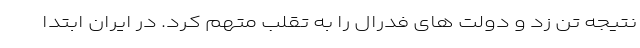
نتیجه تن زد و دولت های فدرال را به تقلب متهم کرد. در ایران ابتدا